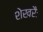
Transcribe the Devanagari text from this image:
शेखरैः